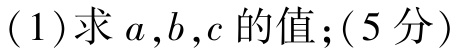
(1)求\(a,b,c\)的值; (5分)